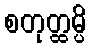
စတုတ္ထမ္ပိ